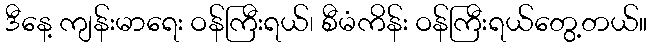
ဒီနေ့ ကျန်းမာရေး ဝန်ကြီးရယ်၊ စီမံကိန်း ဝန်ကြီးရယ်တွေ့တယ်။